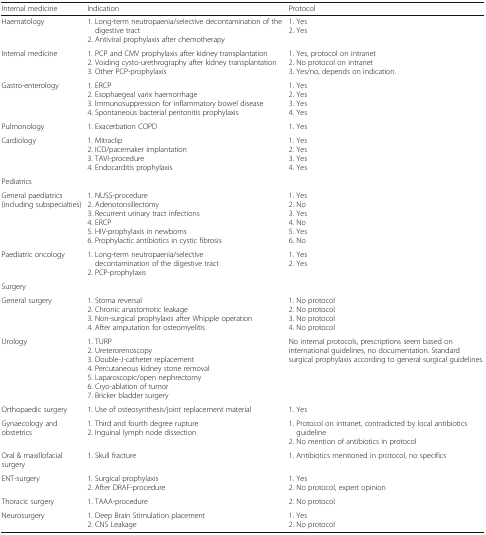
| Internal medicine | Indication | Protocol |
 | --- | --- | --- |
 | Haematology | 1. Long-term neutropaenia/selective decontamination of the digestive tract2. Antiviral prophylaxis after chemotherapy | 1. Yes2. Yes |
 | Internal medicine | 1. PCP and CMV prophylaxis after kidney transplantation2. Voiding cysto-urethrography after kidney transplantation3. Other PCP-prophylaxis | 1. Yes, protocol on intranet2. No protocol on intranet3. Yes/no, depends on indication. |
 | Gastro-enterology | 1. ERCP2. Esophaegeal varix haemorrhage3. Immunosuppression for inflammatory bowel disease4. Spontaneous bacterial peritonitis prophylaxis | 1. Yes2. Yes3. Yes4. Yes |
 | Pulmonology | 1. Exacerbation COPD | 1. Yes |
 | Cardiology | 1. Mitraclip2. ICD/pacemaker implantation3. TAVI-procedure4. Endocarditis prophylaxis | 1. Yes2. Yes3. Yes4. Yes |
 | <COLSPAN=3> Pediatrics |
 | General paediatrics (including subspecialties) | 1. NUSS-procedure2. Adenotonsillectomy3. Recurrent urinary tract infections4. ERCP5. HIV-prophylaxis in newborns6. Prophylactic antibiotics in cystic fibrosis | 1. Yes2. No3. Yes4. No5. Yes6. No |
 | Paediatric oncology | 1. Long-term neutropaenia/selective decontamination of the digestive tract2. PCP-prophylaxis | 1. Yes2. Yes |
 | <COLSPAN=3> Surgery |
 | General surgery | 1. Stoma reversal2. Chronic anastomotic leakage3. Non-surgical prophylaxis after Whipple operation4. After amputation for osteomyelitis | 1. No protocol2. No protocol3. No protocol4. No protocol |
 | Urology | 1. TURP2. Ureterorenoscopy3. Double-J-catheter replacement4. Percutaneous kidney stone removal5. Laparoscopic/open nephrectomy6. Cryo-ablation of tumor7. Bricker bladder surgery | No internal protocols, prescriptions seem based on international guidelines, no documentation. Standard surgical prophylaxis according to general surgical guidelines. |
 | Orthopaedic surgery | 1. Use of osteosynthesis/joint replacement material | 1. Yes |
 | Gynaecology and obstetrics | 1. Third and fourth degree rupture2. Inguinal lymph node dissection | 1. Protocol on intranet, contradicted by local antibiotics guideline2. No mention of antibiotics in protocol |
 | Oral & maxillofacial surgery | 1. Skull fracture | 1. Antibiotics mentioned in protocol, no specifics |
 | ENT-surgery | 1. Surgical prophylaxis2. After DRAF-procedure | 1. Yes2. No protocol, expert opinion |
 | Thoracic surgery | 1. TAAA-procedure | 2. No protocol |
 | Neurosurgery | 1. Deep Brain Stimulation placement2. CNS Leakage | 1. Yes2. No protocol |